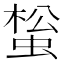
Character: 𧌻